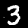
Digit: 3